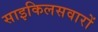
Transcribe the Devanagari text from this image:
साइकिलसवारों